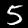
Label: 5